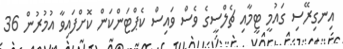
އިނގިރޭސި ގައުމީ ޓީމާއި ޗެލްސީގެ ވެސް ވައިސް ކެޕްޓަންކަން ކޮށްފައިވާ އުމުރުން 36